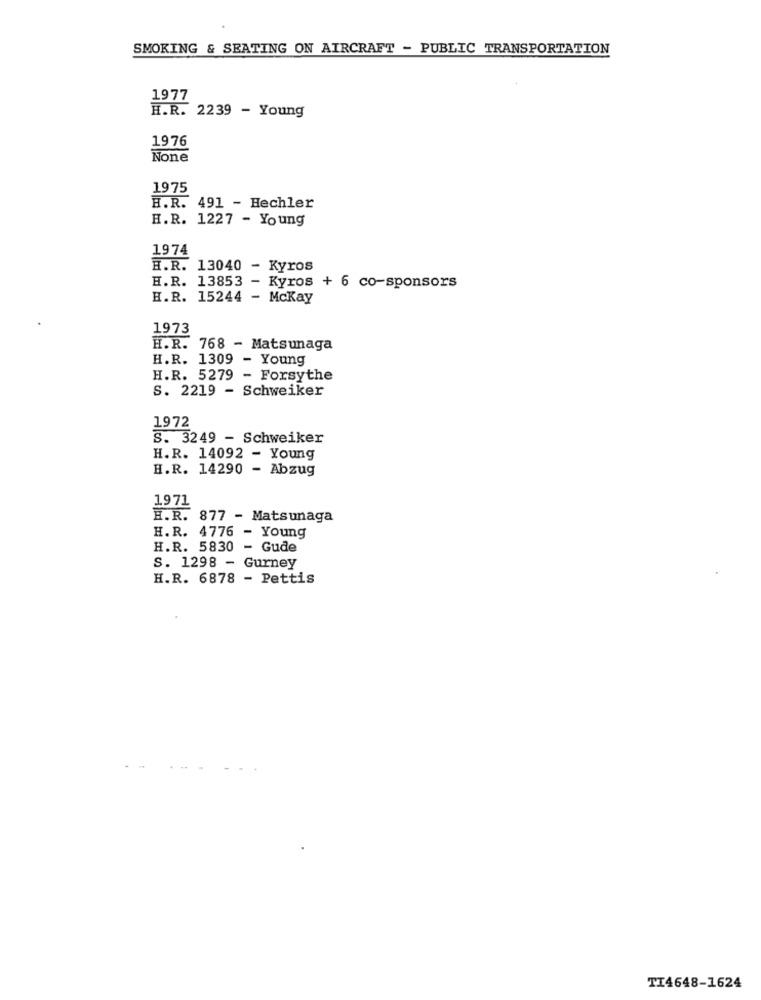
SMOKING & SEATING ON AIRCRAFT - PUBLIC TRANSPORTATION
1977
H.R. 2239 - Young
1976
1975
H.R. 491 - Hechler
H.R. 1227 - Young
1974
H.R. 13040 - Kyros
H.R. 13853 - Kyros + 6 co-sponsors
H.R. 15244 - Mckay
1973
H.R. 768 - Matsunaga
H.R. 1309 - Young
H.R. 5279 - Forsythe
S. 2219 - Schweiker
1972
S. 3249 - Schweiker
H.R. 14092 - Young
H.R. 14290 - Abzug
1971
H.R. 877 - Matsunaga
H.R. 4776 - Young
H.R. 5830 - Gude
S. 1298 - Gurney
H.R. 6878 - Pettis
TI4648-1624